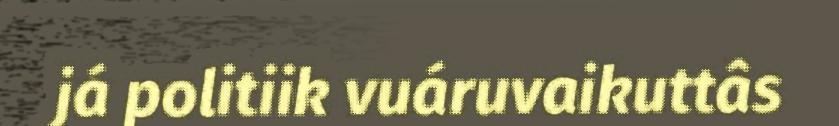
já politiik vuáruvaikuttâs